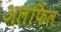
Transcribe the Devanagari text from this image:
अलफिल